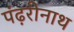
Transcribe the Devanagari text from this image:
पंढ़रीनाथ